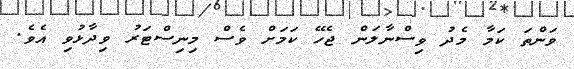
ވަންތަ ކަމާ މެދު ވިސްނާލަން ޖެހޭ ކަމަށް ވެސް މިނިސްޓަރު ވިދާޅުވި އެވެ.